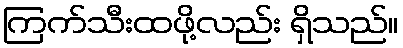
ကြက်သီးထဖို့လည်း ရှိသည်။